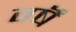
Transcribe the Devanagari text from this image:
वर्षॆं